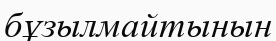
бұзылмайтынын